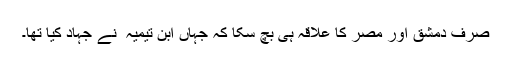
صرف دمشق اور مصر کا علاقہ ہی بچ سکا کہ جہاں ابن تیمیہ ؒ نے جہاد کیا تھا۔